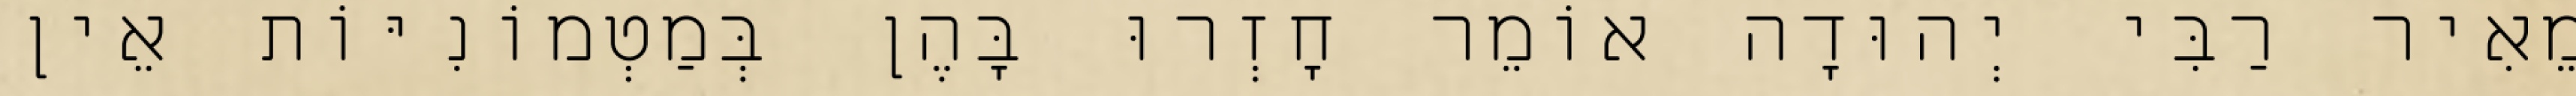
מֵאִיר רַבִּי יְהוּדָה אוֹמֵר חָזְרוּ בָּהֶן בְּמַטְמוֹנִיּוֹת אֵין